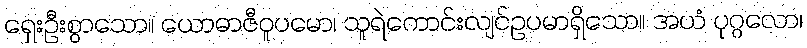
ရှေးဦးစွာသော။ ယောဓာဇီဝူပမော၊ သူရဲကောင်းလျင်ဥပမာရှိသော။ အယံ ပုဂ္ဂလော၊